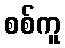
စစ်ကူ